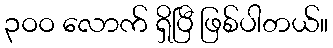
၃ဝဝ လောက် ရှိပြီ ဖြစ်ပါတယ်။